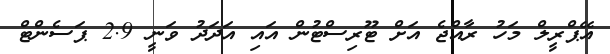
އޭޕްރީލް މަހު ރާއްޖެ އަށް ޓޫރިސްޓުން އައި އަދަދު ވަނީ 2.9 ޕަސެންޓް